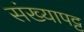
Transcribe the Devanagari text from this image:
संख्यापट्ट